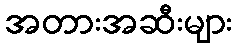
အတားအဆီးများ